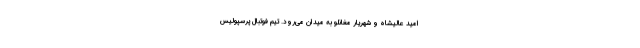
امید عالیشاه و شهریار مغانلو به میدان می‌رود. تیم فوتبال پرسپولیس